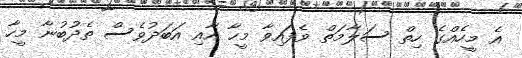
އެ މީހެއްގެ ހިތް ސަލާމަތް ވެފައިވާ މީހާ އާއި އަބަދުވެސް ތެދުބުނާ މީހާ